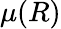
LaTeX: \mu(R)